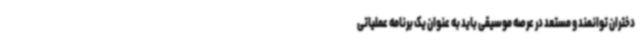
دختران توانمند و مستعد در عرصه موسیقی باید به عنوان یک برنامه عملیاتی